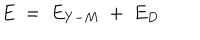
E \; = \; E _ { Y - M } \; + \; E _ { D } \;